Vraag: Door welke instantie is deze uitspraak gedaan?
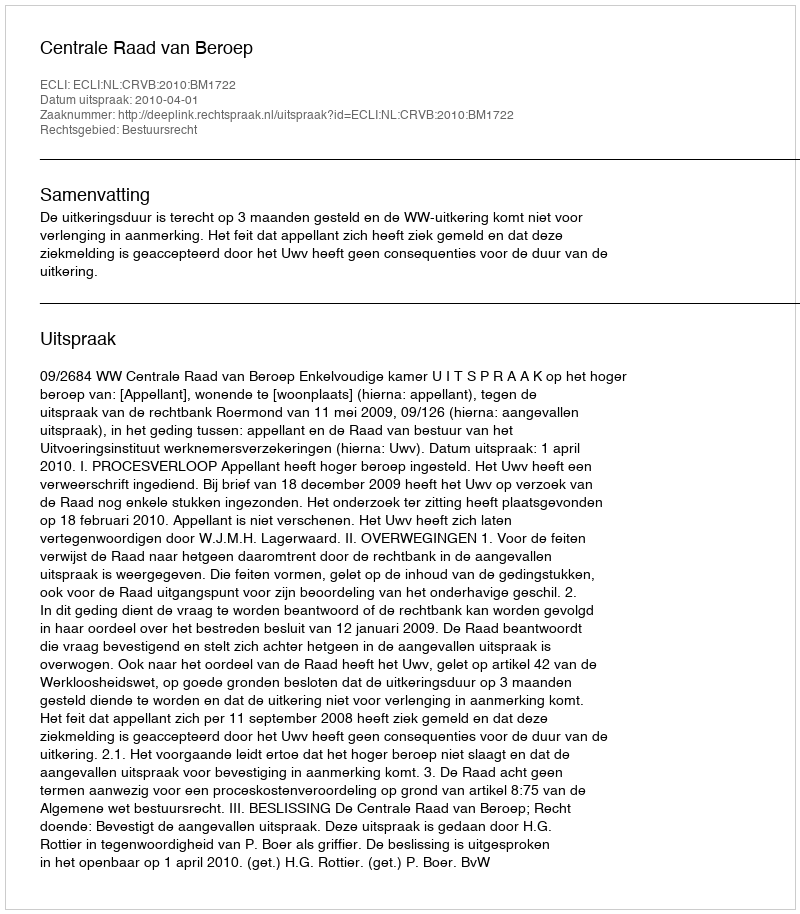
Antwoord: Centrale Raad van Beroep